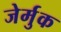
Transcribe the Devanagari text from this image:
जेर्मुक